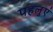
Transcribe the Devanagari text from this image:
पहलुएं